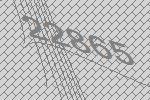
22865